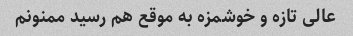
عالى تازه و خوشمزه به موقع هم رسید ممنونم